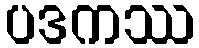
ပဒကဿ